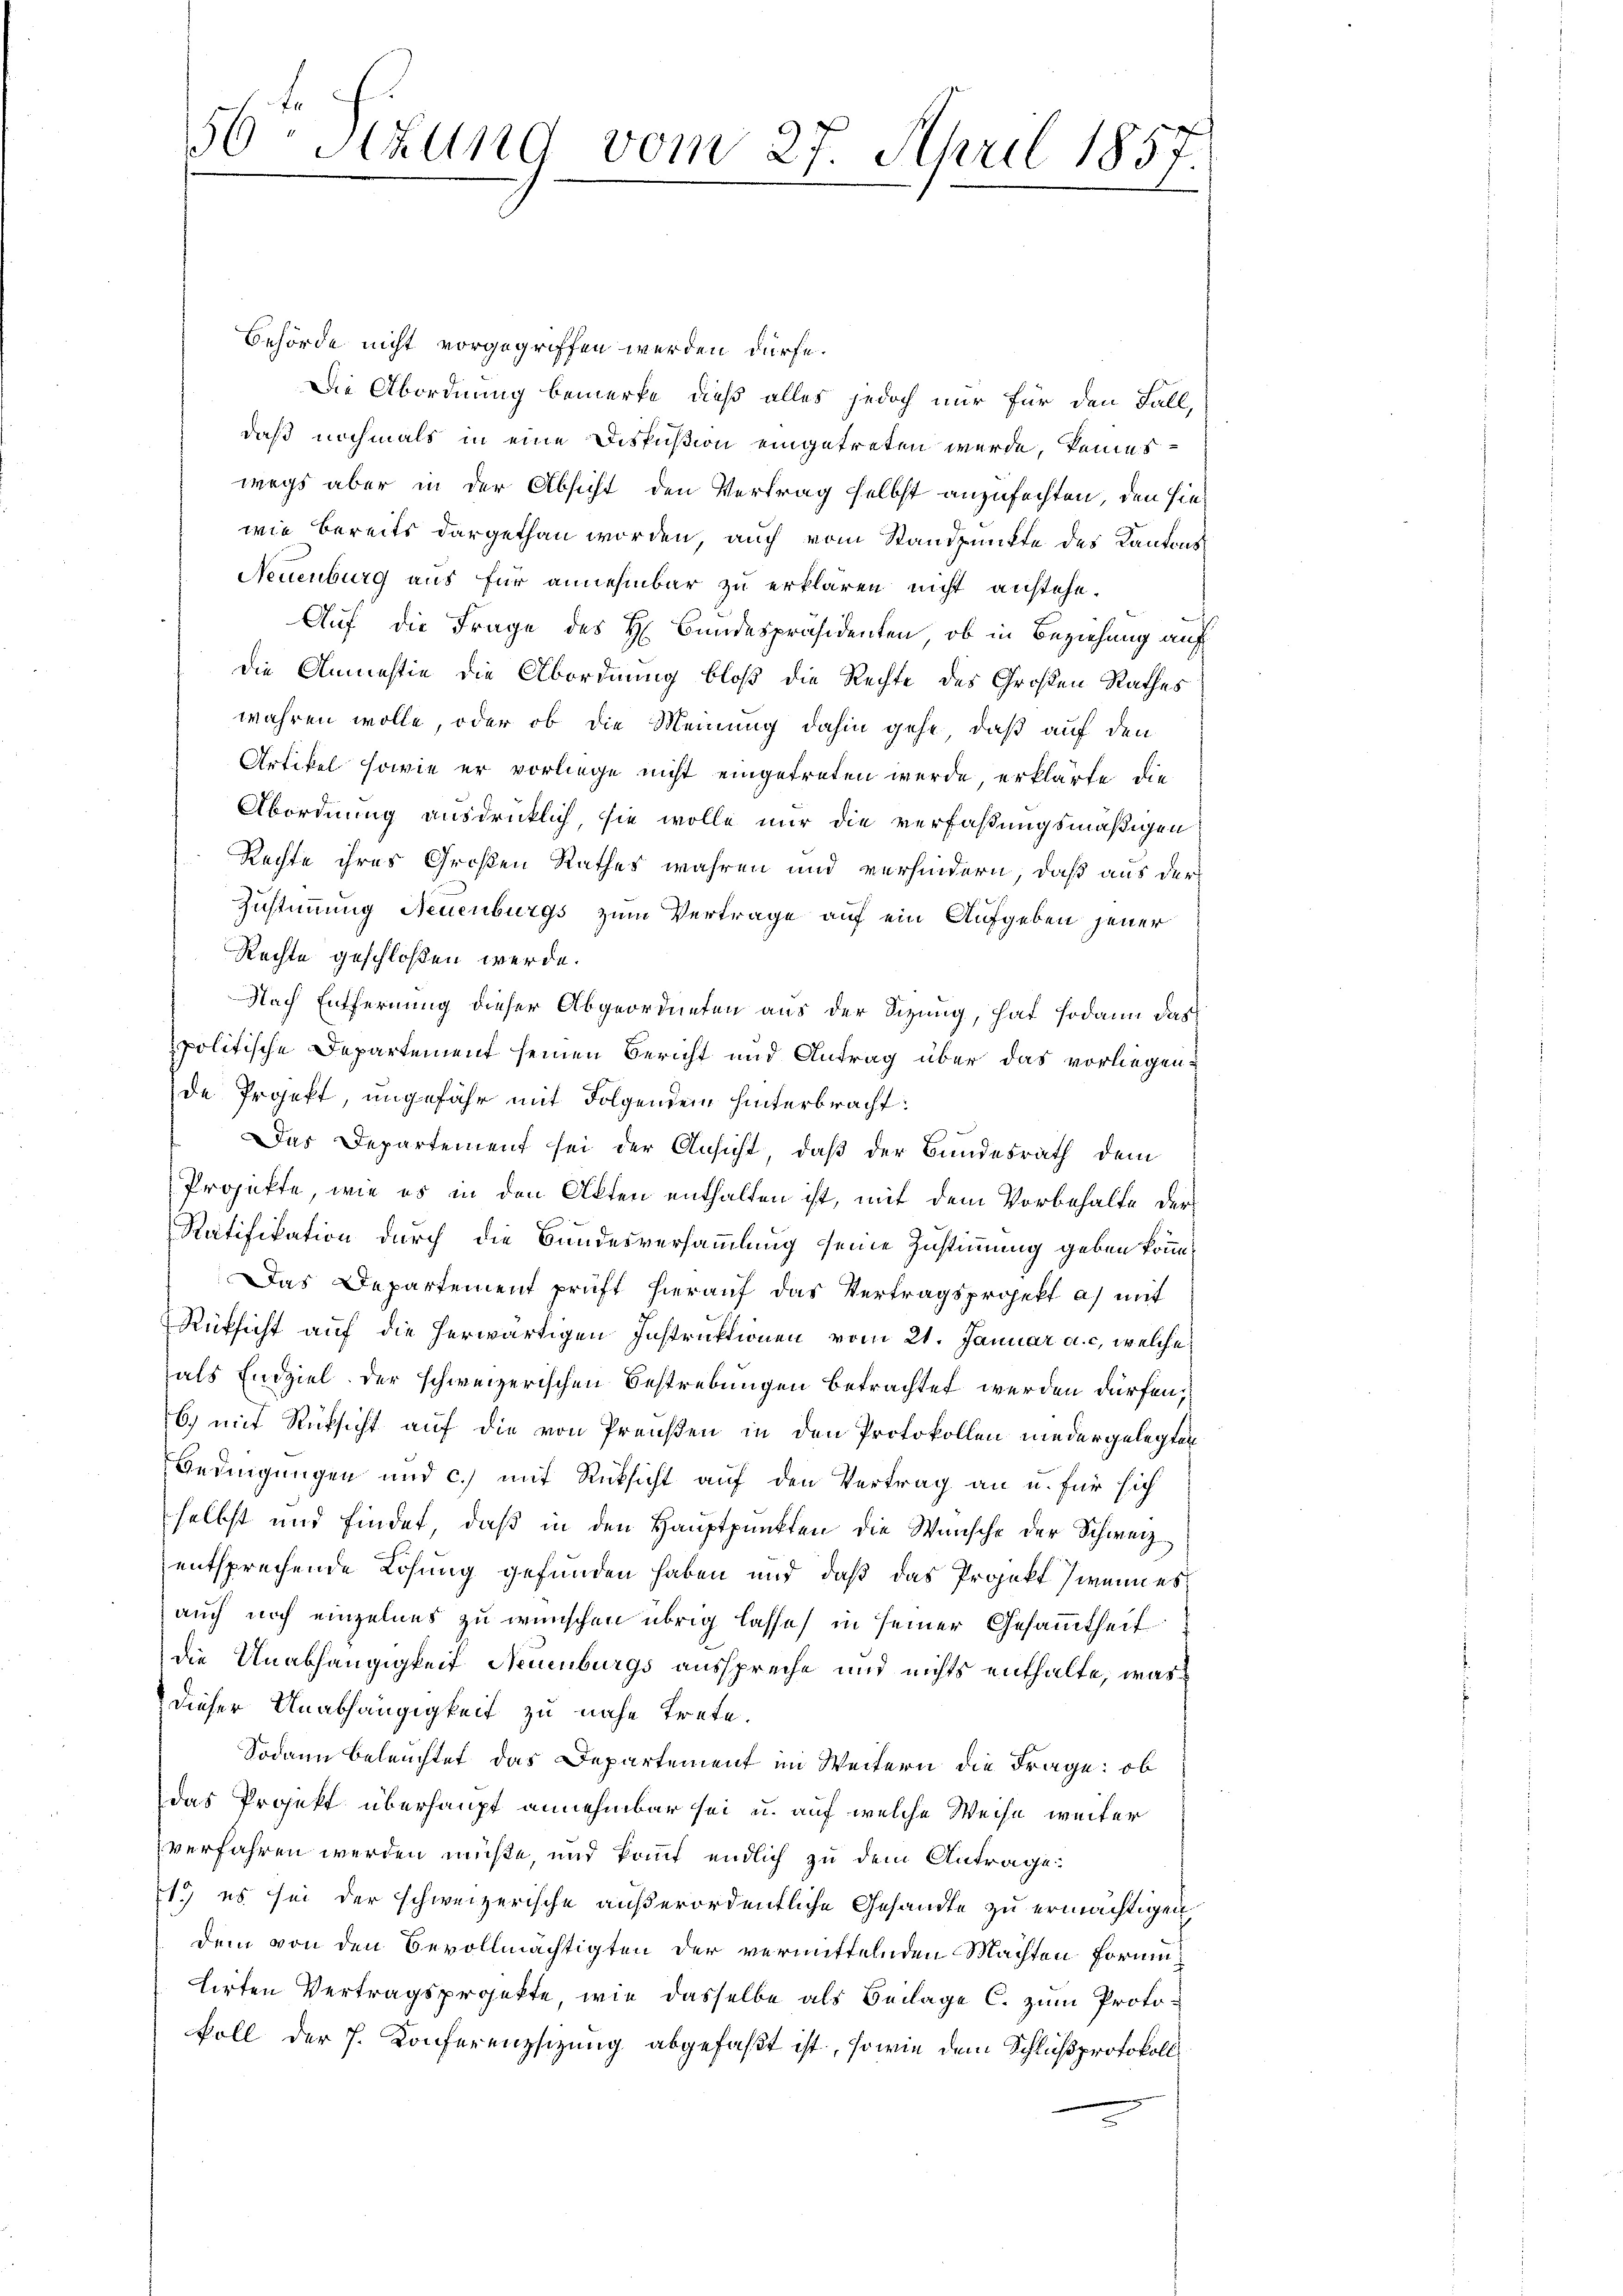
Behörde nicht vorgegriffen werden dürfe.
Die Abordnung bemerke, dieß alles jedoch nur für den Fall,
daß nochmals in eine Diskußion eingetreten werde, keineswegs aber in der Absicht den Vertrag selbst anzufechten, den hinwie bereits dargethan worden, auch vom Standpunkte des Kantons¬
Neuenburg aus für annehmbar zu erklären nicht anstehe.
Auf die Frage des H. Bundespräsidenten, ob in Beziehung auf
die Anmastie die Abordnung bloß die Rechte des Großen Rathes
wahren wolle, oder ob die Meinung dahin gehe, daß auf den
Artikel sowie er vorliege nicht eingetreten werde, erklärte die
Abordnung ausdrücklich, sie wolle nur die verfaßungsmäßigen
Rechte ihres Großen Rathes wahren und verhindern, daß aus der
Zustimmung Neuenburgs zum Vertrage auf ein Aufgeben jener
Rechte geschloßen werde.
Nach Entfernung dieser Abgeordneten aus der Sitzung, hat sodann das
politische Departement seinen Bericht und Antrag über das vorliegende Projekt ungefähr mit Folgendem hinterbracht:
Das Departement sei der Ansicht, daß der Bundesrath dem
Projekte, wie es in den Akten enthalten ist, mit dem Vorbehalte der
Ratifikation durch die Bundesversammlung seine Zustimmung geben könn¬
Das Departement prüft hierauf das Vertragsprojekt a) mit
Rücksicht auf die herwärtigen Instruktionen vom 21. Januar a. c. welche
als Endziel der schweizerischen Bestrebungen betrachtet werden dürfen,
6) mit Rücksicht auf die von Preußen in den Protokollen niedergelegten
Bedingungen und c.) mit Rücksicht auf den Vertrag an u. für sich
selbst und findet, daß in den Hauptpunkten die Wünsche der Schweiz
entsprechende Lösung gefunden haben und daß das Projekt wenn es
auch noch einzelnes zu wünschen übrig lasse, in seiner Gesammtheit
die Unabhängigkeit Neuenburgs ausspreche und nichts enthalte, was
dieser Unabhängigkeit zu nahe trete.
Sodann beleuchtet das Departement im Weitern die Frage: ob
das Projekt überhaupt annehmbar sei u. auf welche Weise weiter
verfahren werden müße, und kannt endlich zu dem Antrage:
1.) es sei der schweizerische außerordentliche Gesandte zu ermächtigen,
dem von den Bevollmächtigten der vermittelnden Machten Formutirten Vertragsprojekte, wie dasselbe als Beilage C. zum Protokoll der J. Konferenzsizung abgefaßt ist, sowie dem Schlußprotokoll

E
30 Stund vom 27. April 1857.